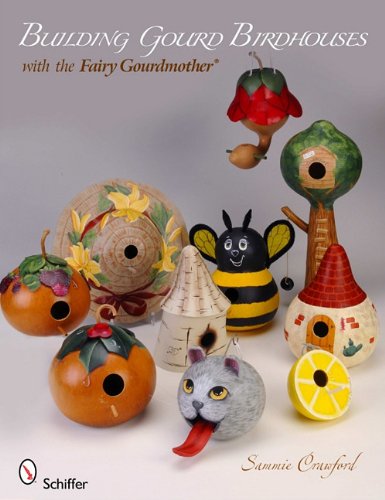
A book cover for Building Gourd Birdhouses with the Fairy Gourdmother; Sammie Crawford; Crafts, Hobbies & Home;